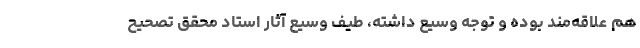
هم علاقه‌مند بوده و توجه وسیع داشته، طیف وسیع آثار استاد محقق تصحیح